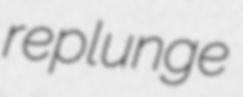
replunge